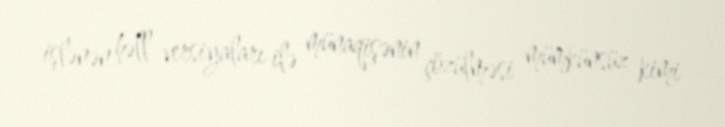
işlənən həll versiyaları ilə münaqişənin çözülməsi mümkünsüz kimi